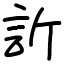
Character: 訢